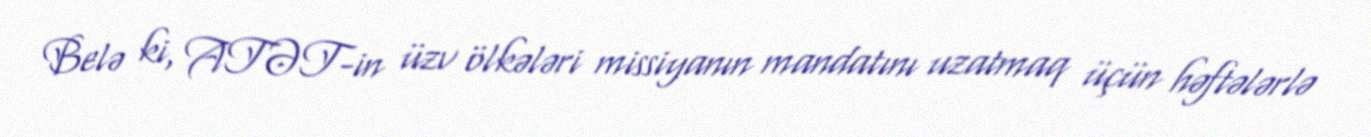
Belə ki, ATƏT-in üzv ölkələri missiyanın mandatını uzatmaq üçün həftələrlə